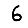
Digit: 6